Lunatic asylums Bombay report 1878-1890 - 1878-1890
Year: 1878
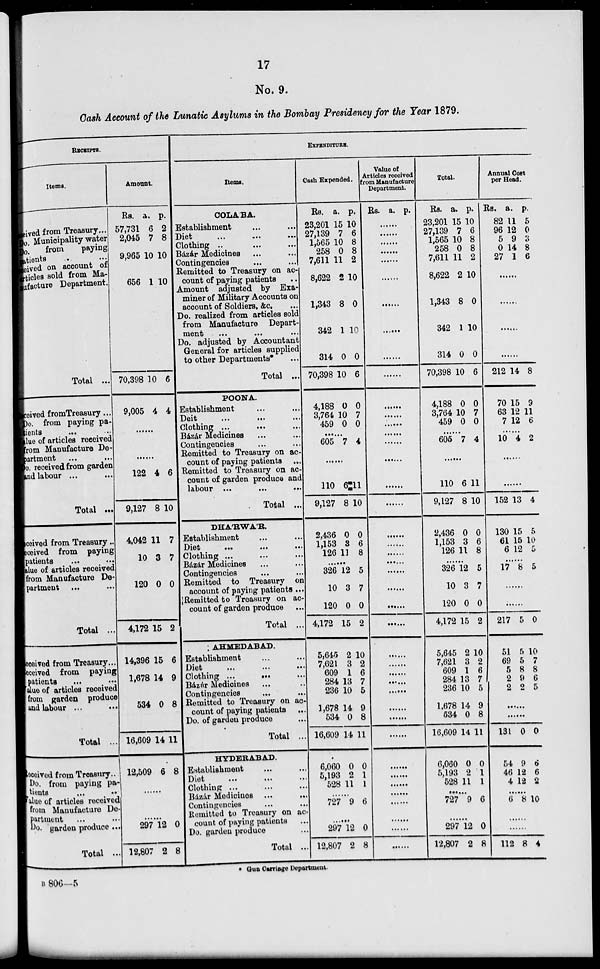
17
No. 9.
Cash Account of the Lunatic Asylums in the Bombay Presidency for the Year 1879.
RECEIPTS
Items.
Reci ved from Treasury...
Do Municipality water
Do.
from
paying
patients ...
Reived on account of
articles sold from Ma-
nufacture Department.
Total ...
reived fromTreasury...
Do. from paying pa-
tients
Value of articles received
from Manufacture De-
partment ... ...
Do. received from garden
and labour ...
Total ...
Received from Treasury..
Received from paying
patients ... ...
Value of articles received
from Manufacture De-
partment ... ...
Total ...
Received from Treasury...
Received from paying
patients
...
Value of articles received
from garden produce
and labour
...
...
Total ...
Received from Treasury..
Do. from paying pa-
tients ... ...
Value of articles received
from Manufacture De-
partment
Do. garden produce ...
Total ...
Amount.
Rs.
57,731
2,045
9,965
656
a.
6
7
10
1
p.
2
8
10
10
70,398
9,005
10
4
6
4
......
......
122
9,127
4,042
10
120
4
8
11
3
0
6
10
7
7
0
4,172 15 2
14,396
1,678
534
15
14
0
6
9
8
16,609 14 11
12,509 6 8
......
......
297
12,807
12
2
0
8
EXPENDITURE.
Items.
COLABA.
Establishment ... ...
Diet ... ... ...
Clothing ... ... ...
Bázár Medicines ... ...
Contingencies ... ...
Remitted to Treasury on ac-
count of paying patients ...
Amount adjusted by Exa-
miner of Military Accounts on
account of Soldiers, &c. ...
Do. realized from articles sold
from Manufacture Depart-
ment ... ... ...
Do. adjusted by Accountant
General for articles supplied
to other Departments* ...
Total ...
POONA.
Establishment ... ...
Deit ... ... ...
Clothing ... ... ...
Bazar Medicines ... ...
Contingencies ... ...
Remitted to Treasury on ac-
count of paying patients ...
Remitted to Treasury on ac-
count of garden produce and
labour ... ... ... ...
Total ...
DHA'RWA'R.
Establishment ... ...
Diet ... ... ...
Clothing ... ... ...
Bázár Medicines ... ...
Contingencies ... ...
Remitted to Treasury on
account of paying patients ...
Remitted to Treasury on ac-
count of garden produce ...
Total ...
AHMEDABAD.
Establishment ... ...
Diet ... ... ...
Clothing ... ... ...
Bázár Medicines ... ...
Contingencies ... ...
Remitted to Treasury on ac-
count of paying patients ...
Do. of garden produce ...
Total ...
HYDERABAD.
Establishment ... ...
Diet ... ... ...
Clothing ... ... ...
Bazar Medicines ... ...
Contingencies ... ...
Remitted to Treasury on ac-
count of paying patients ...
Do. garden produce ...
Total ...
Cash Expended.
Rs.
23,201
27,139
1,565
258
7,611
8,622
1,343
342
314
70,398
4,188
3,764
459
a.
15
7
10
0
11
2
8
1
0
10
0
10
0
p.
10
6
8
8
2
10
0
10
0
6
0
7
0
......
605 7 4
......
110
9,127
6
8
11
10
2,436
1,153
126
0
3
11
0
6
8
......
326
10
120
4,172
12
3
0
15
5
7
0
2
5,645
7,621
609
284
236
1,678
534
16,609
2
3
1
13
10
14
0
14
10
2
6
7
5
9
8
11
6,060
5,193
528
0
2
11
0
1
1
727 9 6
......
297
12,807
12
2
0
8
Value of
Articles received
from Manufacture
Department.
Rs. a. p.
......
......
......
......
......
......
......
......
......
......
......
......
......
......
......
......
......
......
......
......
......
......
......
......
......
.....
......
......
......
......
......
......
......
......
......
......
......
......
......
......
......
......
Total.
Rs.
23,201
27,139
1,565
258
7,611
8,622
1,343
342
314
70,398
4,188
3,764
459
a.
15
7
10
0
11
2
8
1
0
10
0
10
0
p.
10
6
8
8
2
10
0
10
0
6
0
7
0
......
605 7 4
......
110
9,127
6
8
11
10
2,436
1,153
126
0
3
11
0
6
8
......
326
10
120
4,172
12
3
0
15
5
7
0
2
5,645
7,621
609
284
236
1,678
534
16,609
2
3
1
13
10
14
0
14 1
10
2
6
7
5
9
8
11
6,060
5,193
528
0
2
11
0
1
1
......
727 9 6
......
297
12,807
12
2
0
8
Annual Cost
per Head.
Rs.
82
96
5
0
27
a.
11
12
9
14
1
p.
5
0
3
8
6
......
......
......
......
212
70
63
7
14
15
12
12
8
9
11
6
......
10 4 2
......
......
152 13 4
130
61
6
15
15
12
5
10
5
......
17 8 5
......
......
217 5 0
51
69
5
2
2
5
5
8
9
2
10
7
8
6
5
......
......
131 0 0
54
46
4
9
12
12
6
6
2
......
6 8 10
......
......
112 8 4
* Gun Carriage Department.
B 806—5